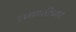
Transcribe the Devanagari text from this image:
भगवतीच्या